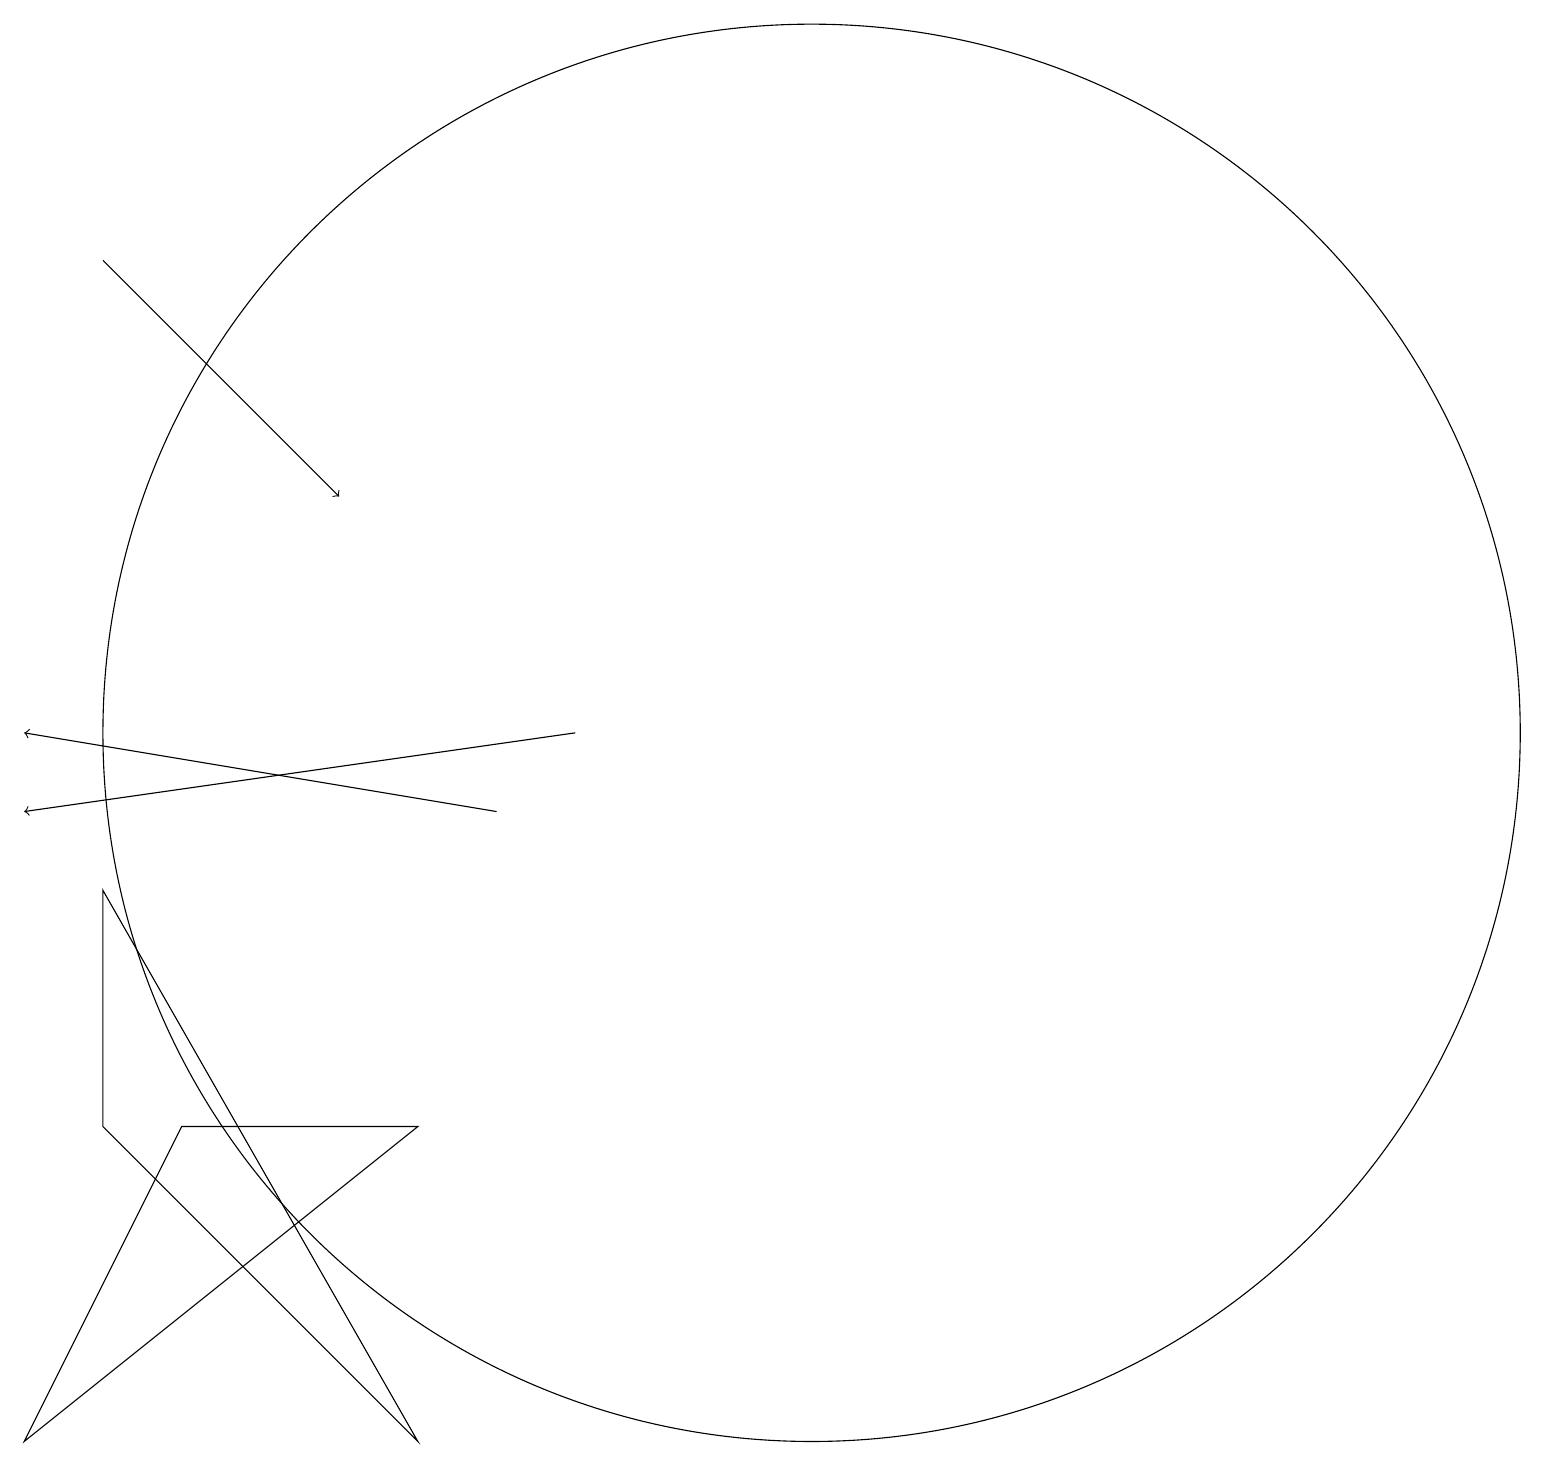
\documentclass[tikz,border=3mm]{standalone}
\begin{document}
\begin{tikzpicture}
\draw[->] (7,10) -- (1,11);
\draw[->] (8,11) -- (1,10);
\draw[->] (2,17) -- (5,14);
\draw (6,6) -- (3,6) -- (1,2) -- cycle;
\draw (2,6) -- (2,9) -- (6,2) -- cycle;
\draw (11,11) circle (9);
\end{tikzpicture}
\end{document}